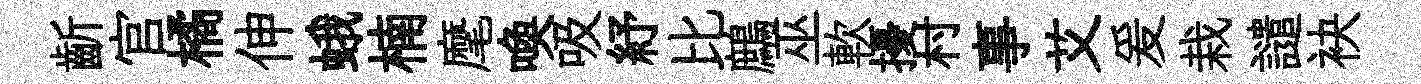
齗官橘伸蛾楠麾喚吸紓比鷓巫軟擾村事艾爰栽譴袂